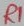
Text: R1